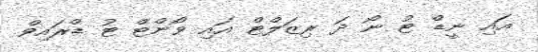
އައި ނީޑް ޓު ނޯ ދަ ރިޒަލްޓް އައި ވޯންޓް ޓު ޑްރައިވް